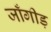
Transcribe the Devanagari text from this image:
जाँगीड़